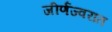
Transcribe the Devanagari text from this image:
जीर्णज्वरात